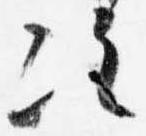
次